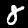
Label: 8